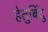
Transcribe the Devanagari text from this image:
हेतुबिंदु